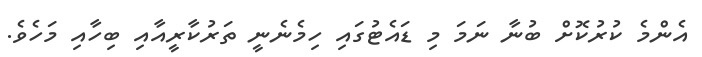
އެންމެ ކުރުކޮށް ބުނާ ނަމަ މި ޑައެޓުގައި ހިމެނެނީ ތަރުކާރީއާއި ބިހާއި މަހެވެ.